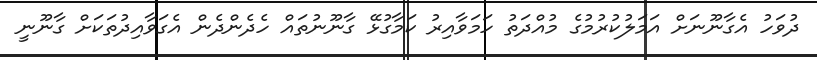
ދުވަހު އެގާނޫނަށް އަމަލުކުރުމުގެ މުއްދަތު ހަމަވާއިރު ކަމާގުޅޭ ގާނޫނުތައް ހެދެންދެން އެގަވާއިދުތަކަށް ގާނޫނީ